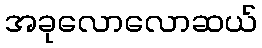
အခုလောလောဆယ်